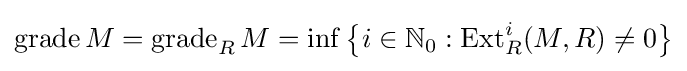
{\textrm {grade}}\,M={\textrm {grade}}_{R}\,M=\inf \left\{i\in \mathbb {N} _{0}:{\textrm {Ext}}_{R}^{i}(M,R)\neq 0\right\}